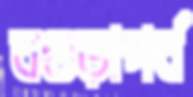
বগুড়াপর্ব